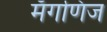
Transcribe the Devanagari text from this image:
मँगणिज